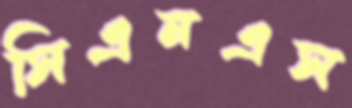
সিএনএস